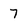
Character: 7